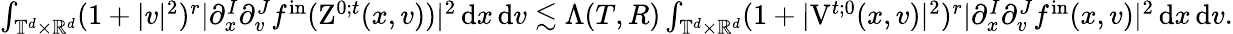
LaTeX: \begin{array}{r}{\int_{\mathbb T^{d}\times\mathbb R^{d}}(1+\vert v\vert^{2})^{r}\vert\partial_{x}^{I}\partial_{v}^{J}f^{\mathrm{in}}(\mathrm{Z}^{0;t}(x,v))\vert^{2}\, \mathrm{d}x\, \mathrm{d}v\lesssim\Lambda(T,R)\int_{\mathbb T^{d}\times\mathbb R^{d}}(1+\vert\mathrm{V}^{t;0}(x,v)\vert^{2})^{r}\vert\partial_{x}^{I}\partial_{v}^{J}f^{\mathrm{in}}(x,v)\vert^{2}\, \mathrm{d}x\, \mathrm{d}v.}\end{array}